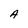
Character: A